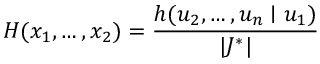
H ( x _ { 1 } , \dots , x _ { 2 } ) = { \frac { h ( u _ { 2 } , \dots , u _ { n } \mid u _ { 1 } ) } { | J ^ { * } | } }